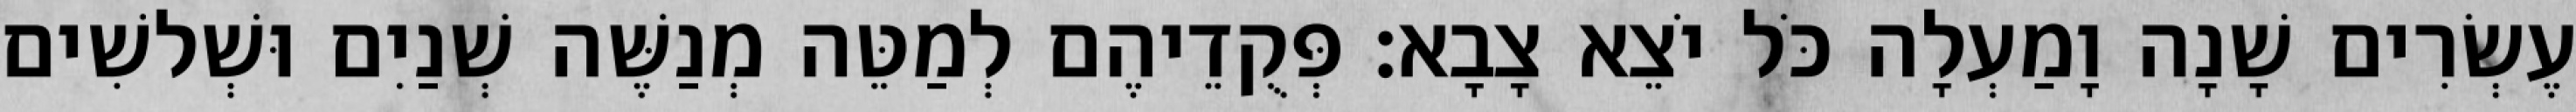
עֶשְׂרִים שָׁנָה וָמַעְלָה כֹּל יֹצֵא צָבָא׃ פְּקֻדֵיהֶם לְמַטֵּה מְנַשֶּׁה שְׁנַיִם וּשְׁלשִׁים